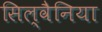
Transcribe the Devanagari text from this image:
सिल्वैनिया